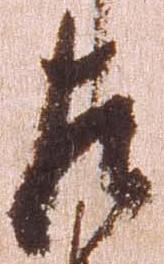
左